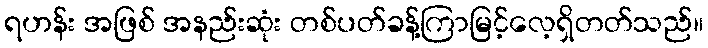
ရဟန်း အဖြစ် အနည်းဆုံး တစ်ပတ်ခန့်ကြာမြင့်လေ့ရှိတတ်သည်။